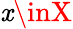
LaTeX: \mathit{x}\inX